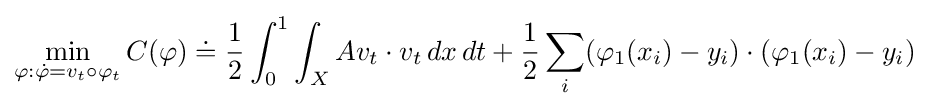
\min _{\varphi :{\dot {\varphi }}=v_{t}\circ \varphi _{t}}C(\varphi )\doteq {\frac {1}{2}}\int _{0}^{1}\int _{X}Av_{t}\cdot v_{t}\,dx\,dt+{\frac {1}{2}}\sum _{i}(\varphi _{1}(x_{i})-y_{i})\cdot (\varphi _{1}(x_{i})-y_{i})